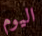
اليوم